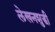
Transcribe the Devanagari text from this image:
लेखनशुद्धी